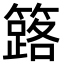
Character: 簬